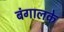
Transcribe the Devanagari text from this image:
बंगालके